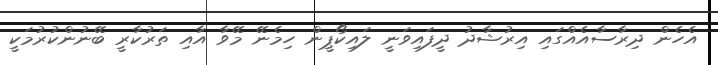
އެހެން ދިރާސާއެއްގައި އިރުޝާދު ދީފައިވަނީ ލައިކޯޕީން ހިމެނޭ މޭވާ އާއި ތަރުކާރީ ބޭނުންކުރުމަކީ